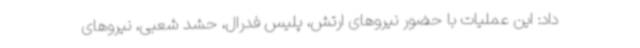
داد: این عملیات با حضور نیروهای ارتش، پلیس فدرال، حشد شعبی، نیروهای